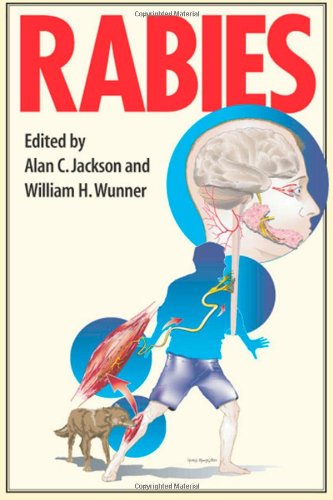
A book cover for Rabies; Medical Books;